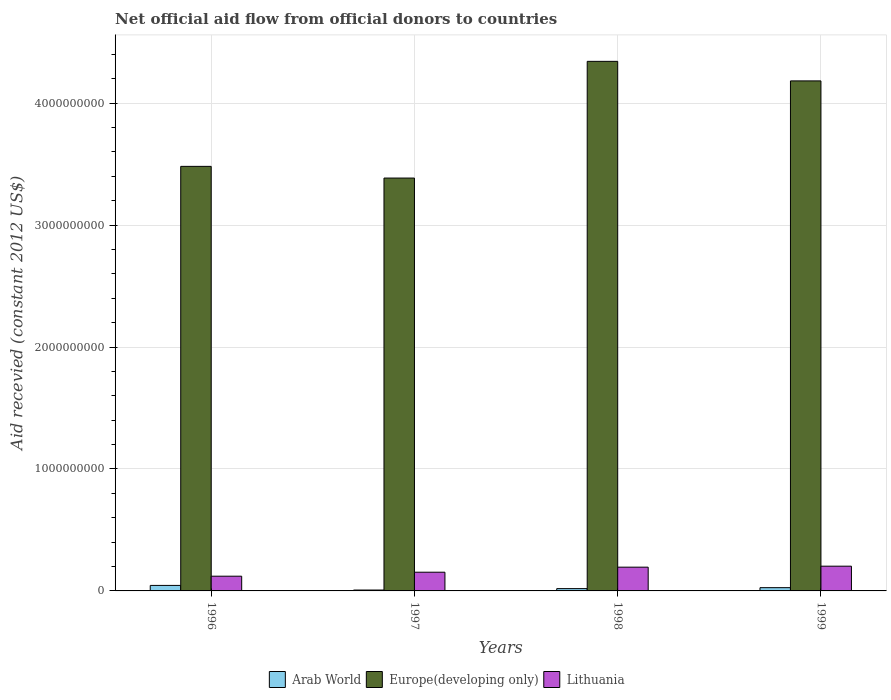
| Years | Arab World | Europe(developing only) | Lithuania |
 | --- | --- | --- | --- |
 | 1996 | 4.51e+07 | 3.48e+09 | 1.21e+08 |
 | 1997 | 7.29e+06 | 3.39e+09 | 1.53e+08 |
 | 1998 | 1.9e+07 | 4.34e+09 | 1.95e+08 |
 | 1999 | 2.67e+07 | 4.18e+09 | 2.03e+08 |